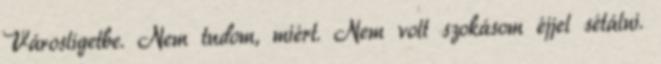
Városligetbe. Nem tudom, miért. Nem volt szokásom éjjel sétálni.